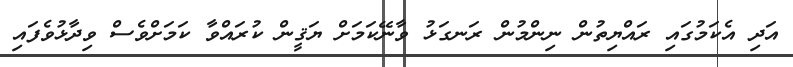
އަދި އެކަމުގައި ރައްޔިތުން ނިންމުން ރަނގަޅު ވާނޭކަމަށް ޔަޤީން ކުރައްވާ ކަމަށްވެސް ވިދާޅުވެފައި